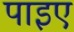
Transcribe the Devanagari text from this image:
पाइए